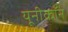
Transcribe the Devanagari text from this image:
यूनीकॉन